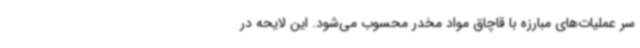
سر عملیات‌های مبارزه با قاچاق مواد مخدر محسوب می‌شود. این لایحه در